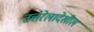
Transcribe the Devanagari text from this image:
उत्तरेलादेखील